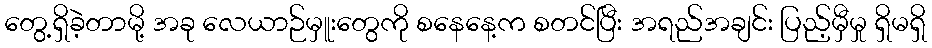
တွေ့ရှိခဲ့တာမို့ အခု လေယာဉ်မှူးတွေကို စနေနေ့က စတင်ပြီး အရည်အချင်း ပြည့်မှီမှု ရှိမရှိ